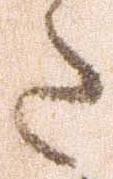
た